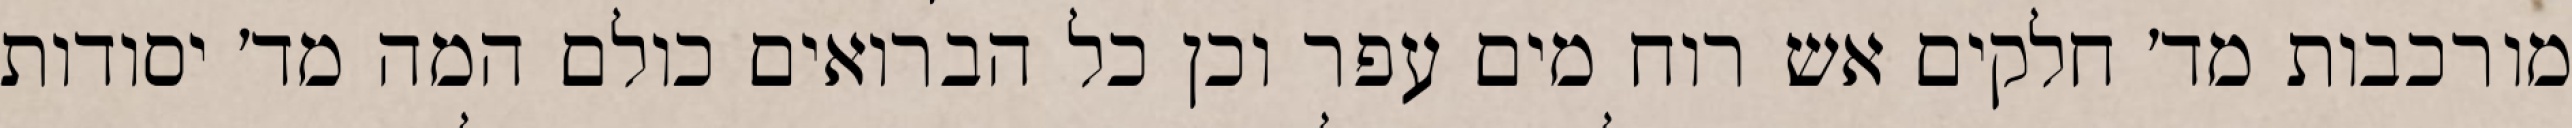
מורכבות מד׳ חלקים אש רוח מים עפר וכן כל הברואים כולם המה מד׳ יסודות